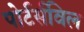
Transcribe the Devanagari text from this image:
पोर्टर्सविल